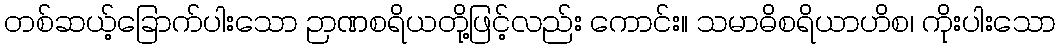
တစ်ဆယ့်ခြောက်ပါးသော ဉာဏစရိယတို့ဖြင့်လည်း ကောင်း။ သမာဓိစရိယာဟိစ၊ ကိုးပါးသော